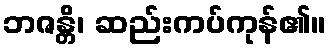
ဘဇန္တိ၊ ဆည်းကပ်ကုန်၏။